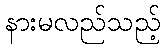
နားမလည်သည့်